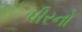
પીરનો